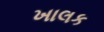
ખાલક